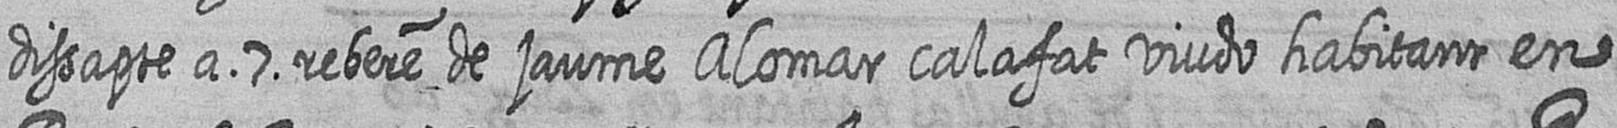
dissapte a 7 rebere de jaume Alomar calafat viudo habitant en